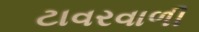
ટાવરવાળી